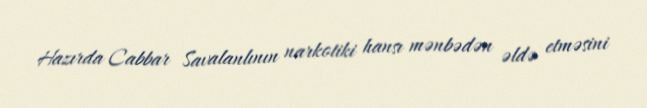
Hazırda Cabbar Savalanlının narkotiki hansı mənbədən əldə etməsini